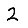
Digit: 2